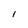
Character: l